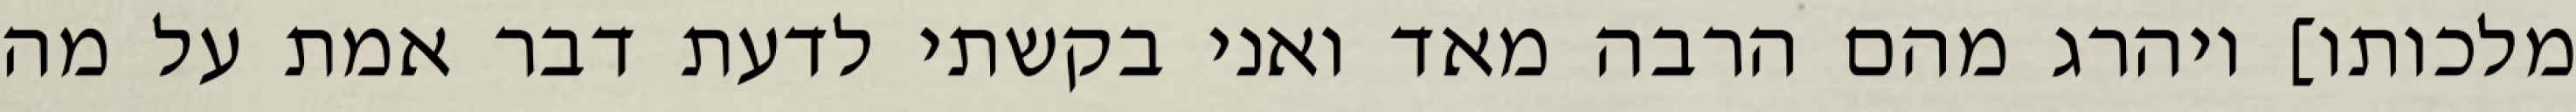
מלכותו] ויהרג מהם הרבה מאד ואני בקשתי לדעת דבר אמת על מה